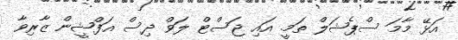
އަޅޭ މާމަ ސްޕެޝަލް ތަމީ. އައި ޖަސްޓް ލަވް ދިސް އަފްޝީން ޒާރިވާ